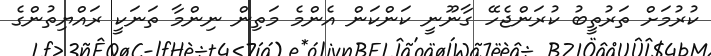
ކުރުމަށް ތަރުތީބު ކުރަންޖެހޭ ގާނޫނީ ކަންކަން އެންމެ މަތިން ނިންމާ ތަނަކީ ރައްޔިތުންގެ